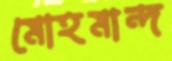
মোহমান্দ